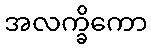
အလက္ခိကော